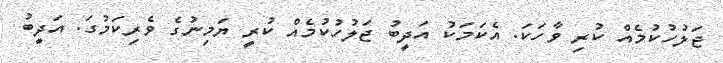
ޖަލުހުކުމެއް ކުރި ވާހަކަ. އެކަމަކު އަދީބު ޖަލުހުކުމެއް ކުރީ ޔަމިނުގެ ވެރިކަމުގަ. އަދީބު